Lunatic asylums in Bengal annual reports 1899-1911 - 1899-1911
Year: 1899
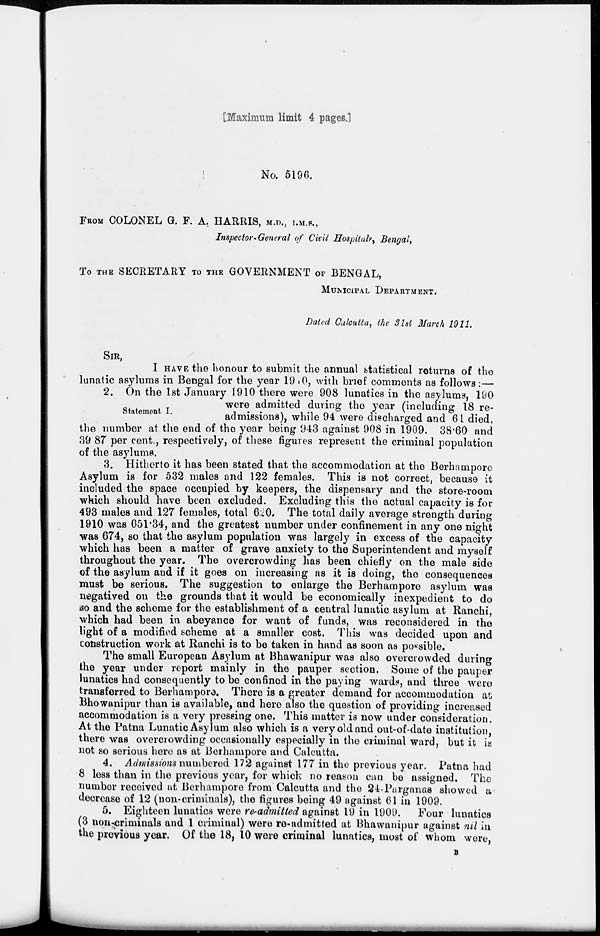
[Maximum limit 4 pages.]
No. 5196.
FROM COLONEL G. F. A. HARRIS, M.D., I.M.S.,
Inspector- General of Civil Hospitals, Bengal,
To TEH SECRETARY TO THE GOVERNMENT OF BENGAL,
MUNICIPAL DEPARTMENT.
Dated Calcutta, the 31st March 1911.
SIR,
I HAVE the honour to submit the annual statistical returns of the
lunatic asylums in Bengal for the year 1910, with brief comments as follows:—
Statement I.
2. On the 1st January 1910 there were 908 lunatics in the asylums, 190
were admitted during the year (including 18 re-
admissions), while 94 were discharged and 61 died,
the number at the end of the year being 943 against 908 in 1909. 38.60 and
39 87 per cent., respectively, of these figures represent the criminal population
of the asylums.
3. Hitherto it has been stated that the accommodation at the Berhampore
Asylum is for 532 males and 122 females. This is not correct, because it
included the space occupied by keepers, the dispensary and the store-room
which should have been excluded. Excluding this the actual capacity is for
493 males and 127 females, total 620. The total daily average strength during
1910 was 651.34, and the greatest number under confinement in any one night
was 674, so that the asylum population was largely in excess of the capacity
which has been a matter of grave anxiety to the Superintendent and myself
throughout the year. The overcrowding has been chiefly on the male side
of the asylum and if it goes on increasing as it is doing, the consequences
must be serious. The suggestion to enlarge the Berhampore asylum was
negatived on the grounds that it would be economically inexpedient to do
so and the scheme for the establishment of a central lunatic asylum at Ranchi,
which had been in abeyance for want of funds, was reconsidered in the
light of a modified scheme at a smaller cost. This was decided upon and
construction work at Ranchi is to be taken in hand as soon as possible.
The small European Asylum at Bhawanipur was also overcrowded during
the year under report mainly in the pauper section. Some of the pauper
lunatics had consequently to be confined in the paying wards, and three were
transferred to Berhampore. There is a greater demand for accommodation at,
Bhowanipur than is available, and here also the question of providing increased
accommodation is a very pressing one. This matter is now under consideration.
At the Patna Lunatic Asylum also which is a very old and out-of-date institution,
there was overcrowding occasionally especially in the criminal ward, but it is
not so serious here as at Berhampore and Calcutta.
4. Admissions numbered 172 against 177 in the previous year. Patna had
8 less than in the previous year, for which no reason can be assigned. The
number received at Berhampore from Calcutta and the 24-Parganas showed a
decrease of 12 (non-criminals), the figures being 49 against 61 in 1909.
5. Eighteen lunatics were re-admitted against 19 in 1909. Four lunatics
(3 non criminals and 1 criminal) were re-admitted at Bhawanipur against nil in
the previous year. Of the 18, 10 were criminal lunatics, most of whom were,
B